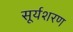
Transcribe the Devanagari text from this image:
सूर्यशरण